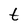
Character: t